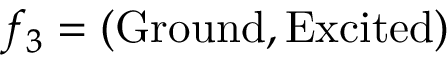
f _ { 3 } = ( \mathrm { G r o u n d } , \mathrm { E x c i t e d } )